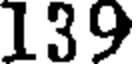
139